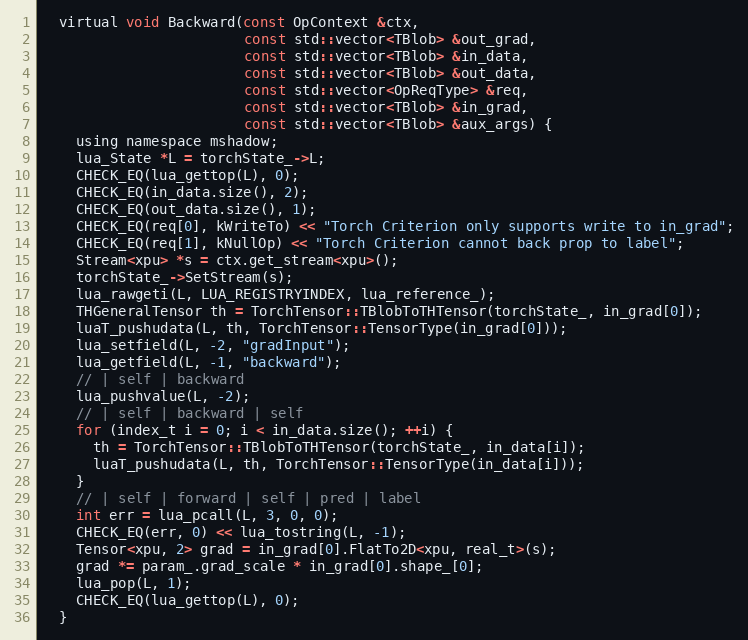
Language: C
  virtual void Backward(const OpContext &ctx,
                        const std::vector<TBlob> &out_grad,
                        const std::vector<TBlob> &in_data,
                        const std::vector<TBlob> &out_data,
                        const std::vector<OpReqType> &req,
                        const std::vector<TBlob> &in_grad,
                        const std::vector<TBlob> &aux_args) {
    using namespace mshadow;
    lua_State *L = torchState_->L;
    CHECK_EQ(lua_gettop(L), 0);
    CHECK_EQ(in_data.size(), 2);
    CHECK_EQ(out_data.size(), 1);
    CHECK_EQ(req[0], kWriteTo) << "Torch Criterion only supports write to in_grad";
    CHECK_EQ(req[1], kNullOp) << "Torch Criterion cannot back prop to label";
    Stream<xpu> *s = ctx.get_stream<xpu>();
    torchState_->SetStream(s);
    lua_rawgeti(L, LUA_REGISTRYINDEX, lua_reference_);
    THGeneralTensor th = TorchTensor::TBlobToTHTensor(torchState_, in_grad[0]);
    luaT_pushudata(L, th, TorchTensor::TensorType(in_grad[0]));
    lua_setfield(L, -2, "gradInput");
    lua_getfield(L, -1, "backward");
    // | self | backward
    lua_pushvalue(L, -2);
    // | self | backward | self
    for (index_t i = 0; i < in_data.size(); ++i) {
      th = TorchTensor::TBlobToTHTensor(torchState_, in_data[i]);
      luaT_pushudata(L, th, TorchTensor::TensorType(in_data[i]));
    }
    // | self | forward | self | pred | label
    int err = lua_pcall(L, 3, 0, 0);
    CHECK_EQ(err, 0) << lua_tostring(L, -1);
    Tensor<xpu, 2> grad = in_grad[0].FlatTo2D<xpu, real_t>(s);
    grad *= param_.grad_scale * in_grad[0].shape_[0];
    lua_pop(L, 1);
    CHECK_EQ(lua_gettop(L), 0);
  }